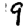
Digit: 9